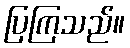
ပြကြသည်။